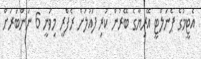
އެޓީމުގެ ޕެނަލްޓީ އޭރިޔާގެ ބޭރުން ކުރި ފައުލަށް ރެފްރީ މިވަނީ 6 ނަންބަރަށް